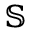
\mathbb { S }